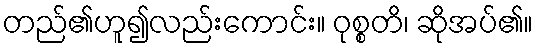
တည်၏ဟူ၍လည်းကောင်း။ ဝုစ္စတိ၊ ဆိုအပ်၏။